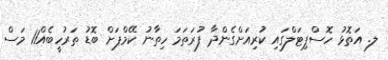
ލ. އަތޮޅު ހޮސްޕިޓަލްގައި ކުރިއަށްގެންދާ ފުރަތަމަ ހިތާނު ކޭމްޕަށް ބޮޑު ތަރުހީބެއް11 މަސް